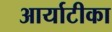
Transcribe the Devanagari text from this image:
आर्याटीका